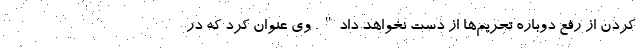
کردن از رفع دوباره تحریم‌ها از دست نخواهد داد". وی عنوان کرد که در